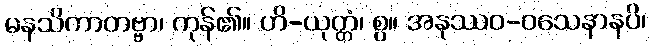
မနသိကာတဗ္ဗာ၊ ကုန်၏။ ဟိ-ယုတ္တံ၊ စွ။ အနုဿဝ-ဝသေနာနပိ၊